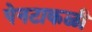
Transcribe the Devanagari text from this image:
पेनटाकळी